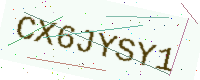
Text: CX6JYSY1